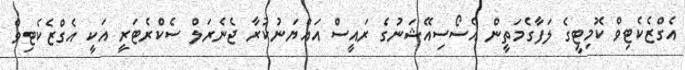
އެގްޒެކެޓިވް ކޮމިޓީގެ ލަފާގެމަތީން އެސޯސިއޭޝަނުގެ ރައީސް އައްޔަނުކުރާ ޖެނެރަލް ސެކްރެޓަރީ އަކީ އެގްޒެކެޓިވް